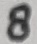
Text: 8